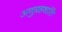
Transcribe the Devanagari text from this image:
अणुग्रहशांति